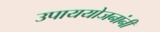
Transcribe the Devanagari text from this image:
उपाययोजनांनी